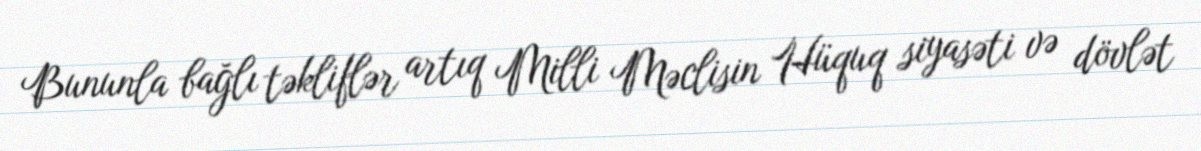
Bununla bağlı təkliflər artıq Milli Məclisin Hüquq siyasəti və dövlət